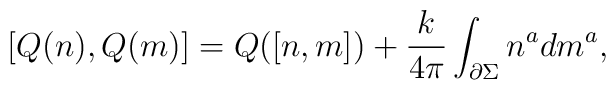
\lbrack Q(n),Q(m)]=Q([n,m])+{\frac k{4\pi }}\int_{{\partial }\Sigma }n^adm^a,